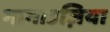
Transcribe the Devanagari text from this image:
गागाउज़िया